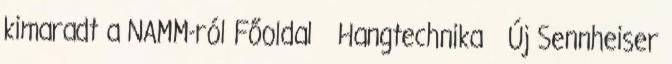
kimaradt a NAMM-ról Főoldal Hangtechnika Új Sennheiser